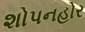
શોપનહોર